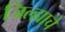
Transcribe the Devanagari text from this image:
जिल्ह्या्चे